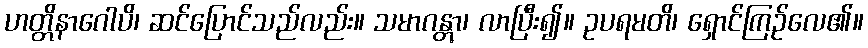
ဟတ္တိနာဂေါပိ၊ ဆင်ပြောင်သည်လည်း။ သမာဂန္တွာ၊ လာပြီး၍။ ဥပရမတိ၊ ရှောင်ကြဉ်လေ၏။